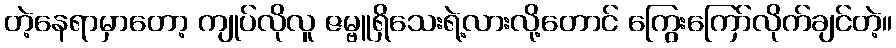
တဲ့နေရာမှာတော့ ကျုပ်လိုလူ ဇမ္ဗူရှိသေးရဲ့လားလို့တောင် ကြွေးကြော်လိုက်ချင်တဲ့။